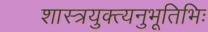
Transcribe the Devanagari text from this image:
शास्त्रयुक्त्यनुभूतिभिः